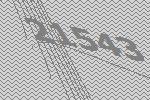
21543